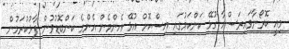
މިއީ ކޮރޯނާވައިރަސްއާ ގުޅޭ ކަންކަމުގައި އިސްކޮށް އުޅޭ އެންމެން އެންމެ ކަންބޮޑުވުން ފާޅުކުރަމުން